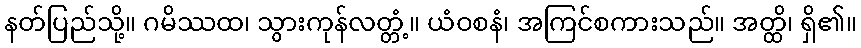
နတ်ပြည်သို့။ ဂမိဿထ၊ သွားကုန်လတ္တံ့။ ယံဝစနံ၊ အကြင်စကားသည်။ အတ္ထိ၊ ရှိ၏။